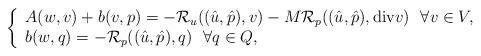
LaTeX: \begin{align*}\left\{\begin{array}{l}A(w,v)+b(v,p)=-\mathcal{R}_u((\hat{u},\hat{p}),v)-M \mathcal{R}_p((\hat{u},\hat{p}),\hbox{div}v)~~\forall v \in V,\\ b(w,q)=-\mathcal{R}_p((\hat{u},\hat{p}),q)~~\forall q\in Q,\end{array}\right.\end{align*}